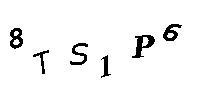
8TS1P6